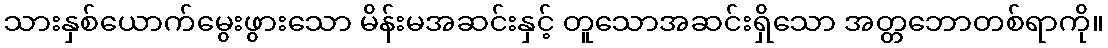
သားနှစ်ယောက်မွေးဖွားသော မိန်းမအဆင်းနှင့် တူသောအဆင်းရှိသော အတ္တဘောတစ်ရာကို။